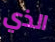
الذي